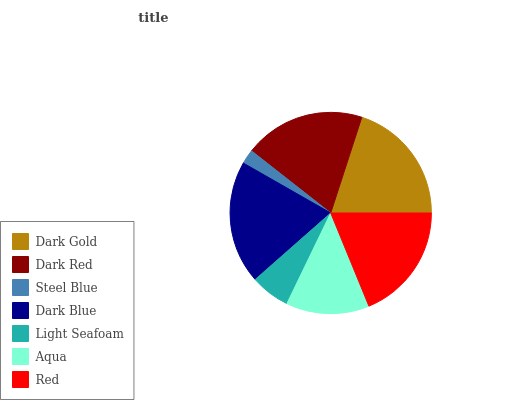
| Dark Gold | Dark Red | Steel Blue | Dark Blue | Light Seafoam | Aqua | Red |
 | --- | --- | --- | --- | --- | --- | --- |
 | 20.1% | 19.4% | 2.32% | 19.7% | 6.33% | 13.4% | 18.8% |